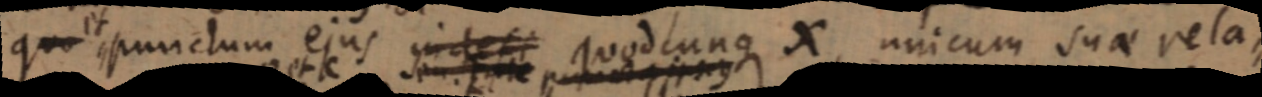
quo et punctum ejus in defi quodcunque X unicum suae rela